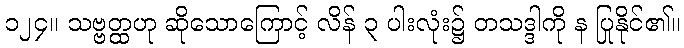
၁၂၄။ သဗ္ဗတ္ထဟု ဆိုသောကြောင့် လိန် ၃ ပါးလုံး၌ တသဒ္ဒါကို န ပြုနိုင်၏။